Scottish Leaving Certificate Examination, 1956
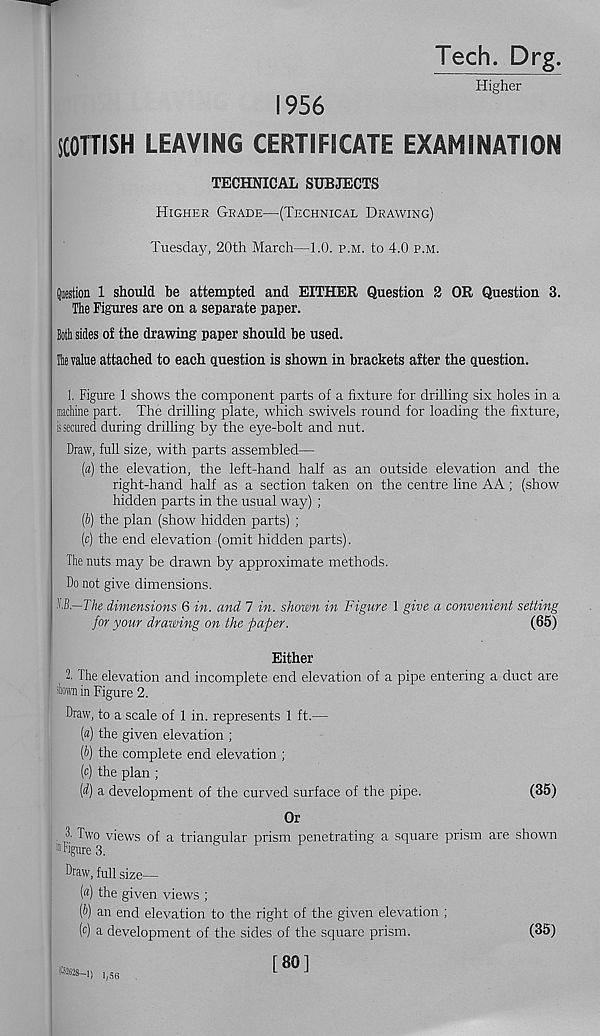
Tech. Drg.
Higher
1956
SCOTTISH LEAVING CERTIFICATE EXAMINATION
TECHNICAL SUBJECTS
Higher Grade—(Technical Drawing)
Tuesday, 20th March—1.0. p.m. to 4.0 p.m.
Question 1 should be attempted and EITHER Question 2 OR Question 3.
The Figures are on a separate paper.
Both sides of the drawing paper should be used.
Hie value attached to each question is shown in brackets after the question.
1. Figure 1 shows the component parts of a fixture for drilling six holes in a
machine part. The drilling plate, which swivels round for loading the fixture,
is secured during drilling by the eye-bolt and nut.
Draw, full size, with parts assembled—
[а) the elevation, the left-hand half as an outside elevation and the
right-hand half as a section taken on the centre line AA; (show
hidden parts in the usual way) ;
(б) the plan (show hidden parts) ;
(c) the end elevation (omit hidden parts).
The nuts may be drawn by approximate methods.
Do not give dimensions.
y.B.—The dimensions 6 in. and 7 in. shown in Figure 1 give a convenient setting
for your drawing on the paper.
(65)
Either
2. Ihe elevation and incomplete end elevation of a pipe entering a duct are
shown in Figure 2.
Draw, to a scale of 1 in. represents 1 ft.—
(«) the given elevation ;
(6) the complete end elevation ;
(c) the plan ;
[d) a development of the curved surface of the pipe.
(35)
Or
3. Two views of a triangular prism penetrating a square prism are shown
“Figures.
Draw, full size—
(«) the given views ;
(i) an end elevation to the right of the given elevation ;
(c) a development of the sides of the square prism.
(35)